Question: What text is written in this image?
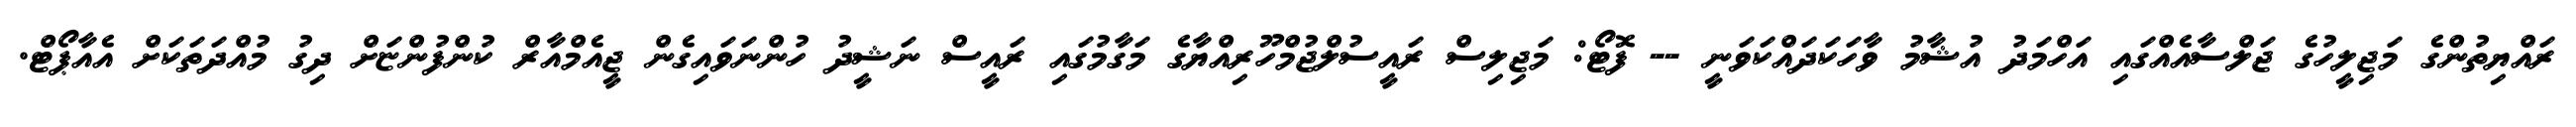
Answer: ރައްޔިތުންގެ މަޖިލީހުގެ ޖަލްސާއެއްގައި އަހްމަދު އުޝާމު ވާހަކަދައްކަވަނީ -- ފޮޓޯ: މަޖިލިސް ރައީސުލްޖުމްހޫރިއްޔާގެ މަގާމުގައި ރައީސް ނަޝީދު ހުންނަވައިގެން ޖީއެމްއާރް ކުންފުންޏަށް ދިގު މުއްދަތަކަށް އެއާޕޯޓް.